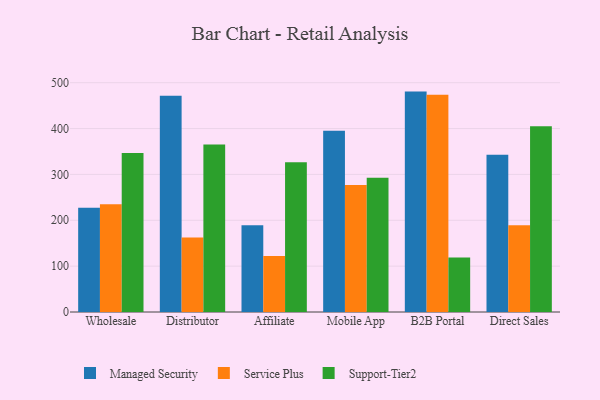
{"axis": {"x": "Channel", "y": "Revenue (USD Million)"}, "legend": ["Managed Security", "Service Plus", "Support-Tier2"], "data": [{"x": "Wholesale", "y": 227.4, "type": "Managed Security"}, {"x": "Wholesale", "y": 235.2, "type": "Service Plus"}, {"x": "Wholesale", "y": 346.8, "type": "Support-Tier2"}, {"x": "Distributor", "y": 471.7, "type": "Managed Security"}, {"x": "Distributor", "y": 162.2, "type": "Service Plus"}, {"x": "Distributor", "y": 365.2, "type": "Support-Tier2"}, {"x": "Affiliate", "y": 189.4, "type": "Managed Security"}, {"x": "Affiliate", "y": 121.9, "type": "Service Plus"}, {"x": "Affiliate", "y": 326.7, "type": "Support-Tier2"}, {"x": "Mobile App", "y": 395.2, "type": "Managed Security"}, {"x": "Mobile App", "y": 277.0, "type": "Service Plus"}, {"x": "Mobile App", "y": 292.8, "type": "Support-Tier2"}, {"x": "B2B Portal", "y": 480.6, "type": "Managed Security"}, {"x": "B2B Portal", "y": 473.6, "type": "Service Plus"}, {"x": "B2B Portal", "y": 119.1, "type": "Support-Tier2"}, {"x": "Direct Sales", "y": 342.7, "type": "Managed Security"}, {"x": "Direct Sales", "y": 189.2, "type": "Service Plus"}, {"x": "Direct Sales", "y": 405.3, "type": "Support-Tier2"}]}